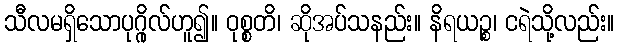
သီလမရှိသောပုဂ္ဂိုလ်ဟူ၍။ ဝုစ္စတိ၊ ဆိုအပ်သနည်း။ နိရယဉ္စ၊ ငရဲသို့လည်း။